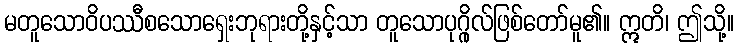
မတူသောဝိပဿီစသောရှေးဘုရားတို့နှင့်သာ တူသောပုဂ္ဂိုလ်ဖြစ်တော်မူ၏။ ဣတိ၊ ဤသို့။